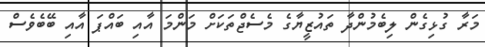
މަރާ ގުޅިގެން ލިބެމުންދާ ތައުޒީޔާގެ މެސެޖްތަކަށް މަންމަ އާއި ބައްޕަ އާއި ބޭބެވެސް